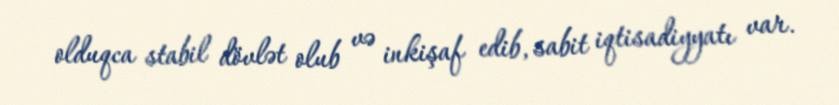
olduqca stabil dövlət olub və inkişaf edib, sabit iqtisadiyyatı var.